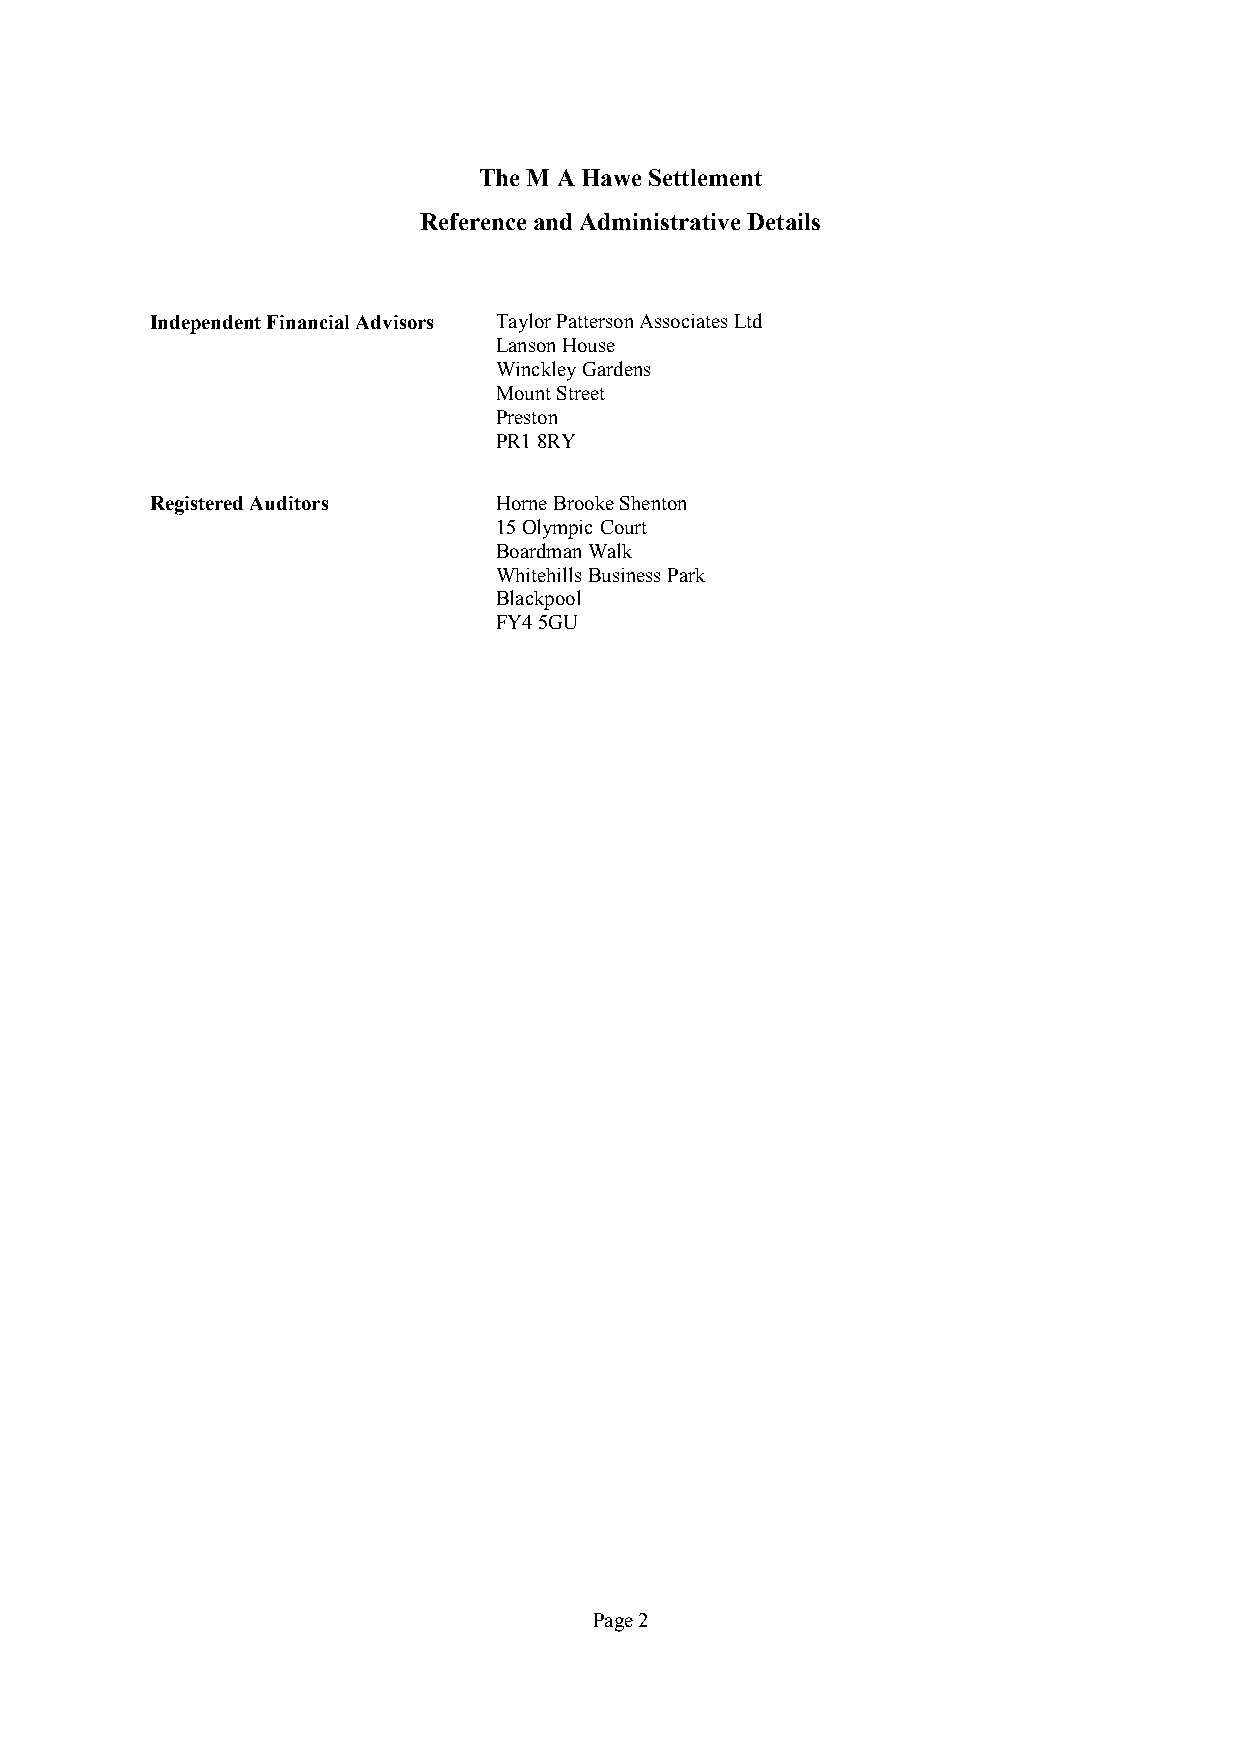
The M A Hawe Settlement
 Reference and Administrative Details
 Independent Financial Advisors TaylorPattersonAssociatesLtd
 LansonHouse
 WinckleyGardens
 MountStreet
 Preston
 PR18RY
 Registered Auditors    HorneBrookeShenton
 15Olympic Court
 BoardmanWalk
 WhitehillsBusinessPark
 Blackpool
 FY45GU
 Page2